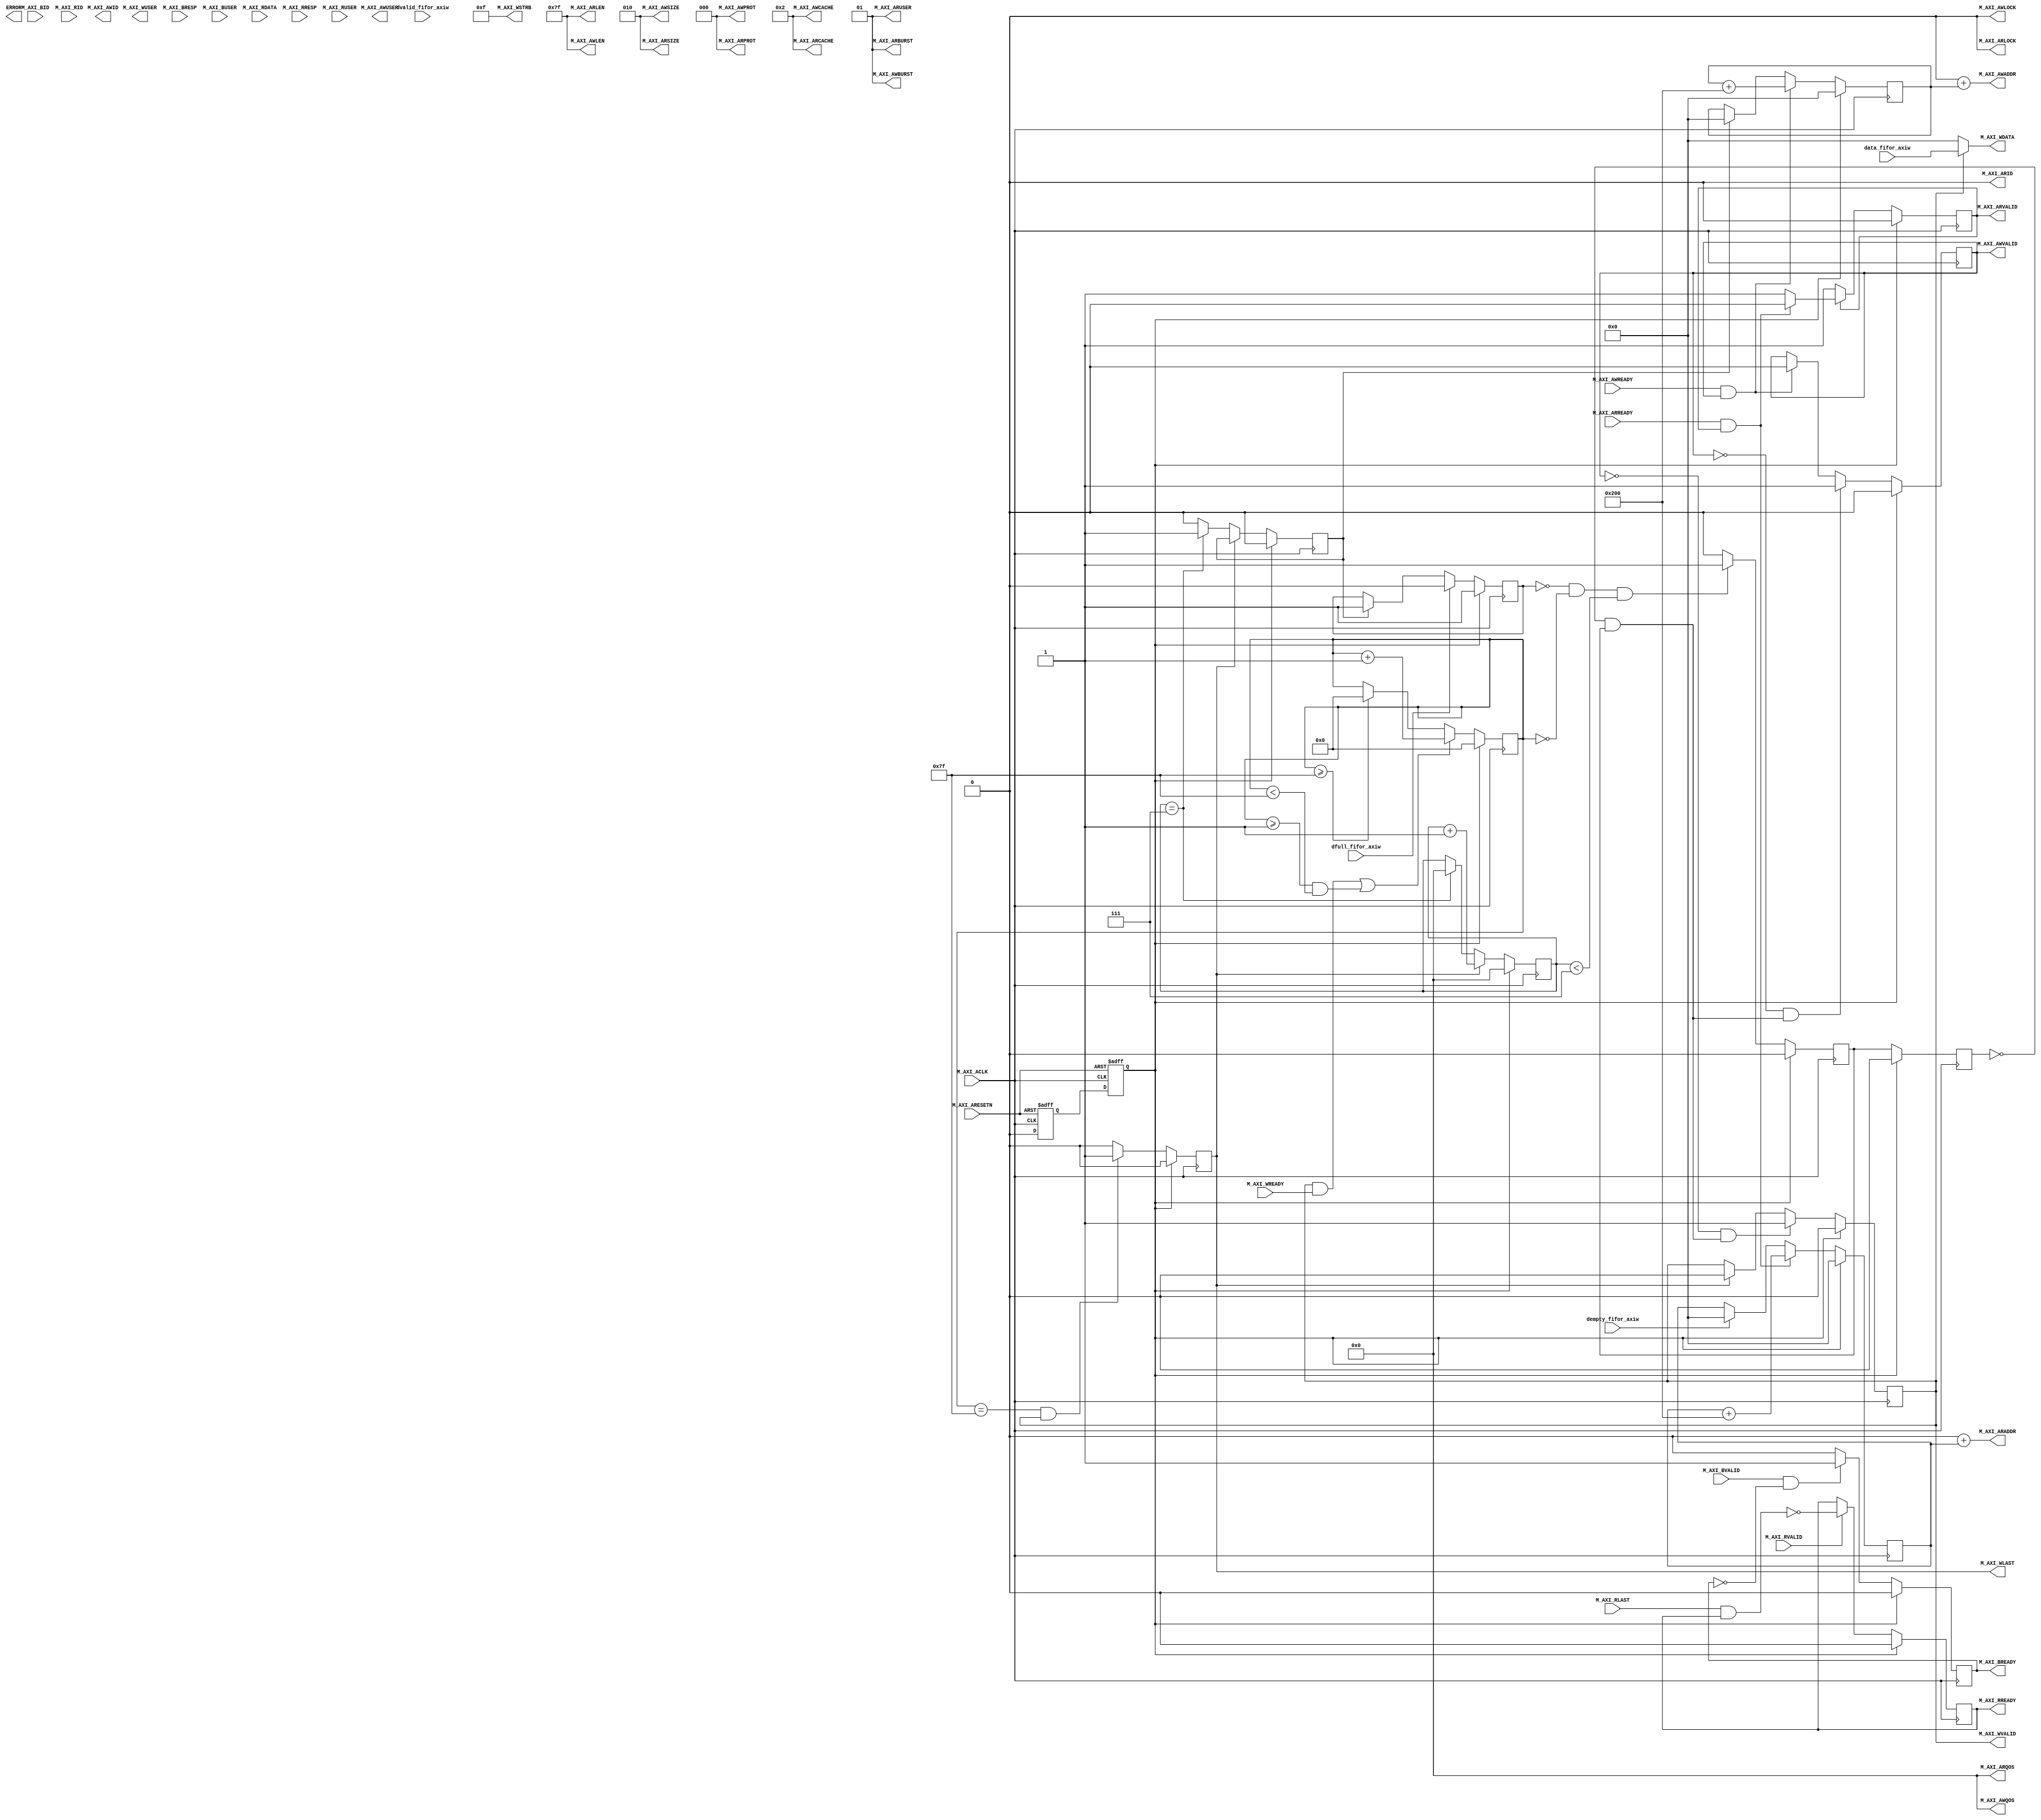
/******************************************************************************** (c) Copyright 2023 Yu Zhang. All rights reserved. *************************************************************************/
/********************************************************************************************** CODES START HERE ********************************************************************************************/

`timescale 1 ns / 1 ns
module myip_v1_0_M00_AXI #
(
// Base address of targeted slave
	parameter  				C_M_TARGET_SLAVE_BASE_ADDR	= 32'h00000000	,
// Burst Length. Supports 1, 2, 4, 8, 16, 32, 64, 128, 256 burst lengths
	parameter 	integer 	C_M_AXI_BURST_LEN			= 128			,
// Thread ID Width
	parameter 	integer	 	C_M_AXI_ID_WIDTH			= 1				,
// Width of Address Bus
	parameter 	integer 	C_M_AXI_ADDR_WIDTH			= 32			,
// Width of Data Bus
	parameter 	integer 	C_M_AXI_DATA_WIDTH			= 32			,
// Width of User Write Address Bus
	parameter 	integer 	C_M_AXI_AWUSER_WIDTH		= 0				,
// Width of User Read Address Bus
	parameter 	integer 	C_M_AXI_ARUSER_WIDTH		= 0				,
// Width of User Write Data Bus
	parameter 	integer 	C_M_AXI_WUSER_WIDTH			= 0				,		
// Width of User Read Data Bus
	parameter 	integer 	C_M_AXI_RUSER_WIDTH			= 0				,
// Width of User Response Bus
	parameter 	integer 	C_M_AXI_BUSER_WIDTH			= 0
)
(
/*******************Global Signals****************************************/		

// Asserts when ERROR is detected
	output 	reg  									ERROR				,
// Global Clock Signal.
	input 	wire  									M_AXI_ACLK			,
// Global Reset Singal. This Signal is Active Low
	input 	wire  									M_AXI_ARESETN		,

/*******************Master Interface Write Address **********************/
	
	output 	wire 	[C_M_AXI_ID_WIDTH-1 : 0] 		M_AXI_AWID			,
// Master Interface Write Address
	output 	wire 	[C_M_AXI_ADDR_WIDTH-1 : 0] 		M_AXI_AWADDR		,
// Burst length. The burst length gives the exact number of transfers in a burst
	output 	wire 	[7 : 0] 						M_AXI_AWLEN			,
// Burst size. This signal indicates the size of each transfer in the burst
	output 	wire 	[2 : 0] 						M_AXI_AWSIZE		,
// Burst type. The burst type and the size information,  determine how the address for each transfer within the burst is calculated.
	output 	wire 	[1 : 0] 						M_AXI_AWBURST		,
// Lock type. Provides additional information about the atomic characteristics of the transfer.
	output 	wire  									M_AXI_AWLOCK		,
// Memory type. This signal indicates how transactions are required to progress through a system.
	output 	wire 	[3 : 0]			 				M_AXI_AWCACHE,		
// Protection type. This signal indicates the privilege and security level of the transaction, and whether the transaction is a data access or an instruction access.
	output 	wire 	[2 : 0] 						M_AXI_AWPROT		,
// Quality of Service, QoS identifier sent for each write transaction.
	output 	wire 	[3 : 0] 						M_AXI_AWQOS			,
// Optional User-defined signal in the write address channel.
	output 	wire 	[C_M_AXI_AWUSER_WIDTH-1 : 0] 	M_AXI_AWUSER		,
// Write address valid. This signal indicates that the channel is signaling valid write address and control information.
	output 	wire 									M_AXI_AWVALID		,
// Write address ready. This signal indicates that the slave is ready to accept an address and associated control signals
	input 	wire  									M_AXI_AWREADY		,

/*******************Master Interface Write Data***************************/

	output 	wire 	[C_M_AXI_DATA_WIDTH-1 : 0] 		M_AXI_WDATA			,
// Write strobes. This signal indicates which byte lanes hold valid data. There is one write strobe bit for each eight bits of the write data bus.
	output 	wire 	[C_M_AXI_DATA_WIDTH/8-1 : 0] 	M_AXI_WSTRB			,
// Write last. This signal indicates the last transfer in a write burst.
	output 	wire 	 								M_AXI_WLAST			,
// Optional User-defined signal in the write data channel.
	output 	wire 	[C_M_AXI_WUSER_WIDTH-1 : 0] 	M_AXI_WUSER			,
// Write valid. This signal indicates that valid write data and strobes are available
	output 	wire 						 			M_AXI_WVALID		,
// Write ready. This signal indicates that the slave can accept the write data.
	input 	wire 					 				M_AXI_WREADY		,

/*******************Master Interface Write Respons***********************/
	input 	wire 	[C_M_AXI_ID_WIDTH-1 : 0] 		M_AXI_BID			,
// Write response. This signal indicates the status of the write transaction.
	input 	wire 	[1 : 0] 						M_AXI_BRESP			,
// Optional User-defined signal in the write response channel
	input 	wire 	[C_M_AXI_BUSER_WIDTH-1 : 0] 	M_AXI_BUSER			,
// Write response valid. This signal indicates that the channel is signaling a valid write response.
	input 	wire 	 								M_AXI_BVALID		,
// Response ready. This signal indicates that the master can accept a write response.
	output 	wire 									M_AXI_BREADY		,

/******************Master Interface Read Address*************************/
	output 	wire 	[C_M_AXI_ID_WIDTH-1 : 0] 		M_AXI_ARID			,
// Read address. This signal indicates the initial address of a read burst transaction.
	output 	wire 	[C_M_AXI_ADDR_WIDTH-1 : 0]		M_AXI_ARADDR		,
// Burst length. The burst length gives the exact number of transfers in a burst
	output 	wire 	[7 : 0] 						M_AXI_ARLEN			,
// Burst size. This signal indicates the size of each transfer in the burst
	output 	wire 	[2 : 0] 						M_AXI_ARSIZE		,
// Burst type. The burst type and the size information,  determine how the address for each transfer within the burst is calculated.
	output 	wire 	[1 : 0] 						M_AXI_ARBURST		,
// Lock type. Provides additional information about the atomic characteristics of the transfer.
	output 	wire 	 								M_AXI_ARLOCK		,
// Memory type. This signal indicates how transactions are required to progress through a system.
	output 	wire 	[3 : 0] 						M_AXI_ARCACHE		,
// Protection type. This signal indicates the privilege and security level of the transaction, and whether the transaction is a data access or an instruction access.
	output 	wire 	[2 : 0] 						M_AXI_ARPROT		,
// Quality of Service, QoS identifier sent for each read transaction
	output 	wire 	[3 : 0] 						M_AXI_ARQOS			,
// Optional User-defined signal in the read address channel.
	output 	wire 	[C_M_AXI_ARUSER_WIDTH-1 : 0] 	M_AXI_ARUSER		,
// Write address valid. This signal indicates that the channel is signaling valid read address and control information
	output 	wire 	 								M_AXI_ARVALID		,
// Read address ready. This signal indicates that the slave is ready to accept an address and associated control signals
	input 	wire 	 								M_AXI_ARREADY,		

/******************Master Interface Read******************************/
// Read ID tag. This signal is the identification tag for the read data group of signals generated by the slave.
	input 	wire 	[C_M_AXI_ID_WIDTH-1 : 0] 		M_AXI_RID			,
// Master Read Data	
	input 	wire 	[C_M_AXI_DATA_WIDTH-1 : 0] 		M_AXI_RDATA			,
// Read response. This signal indicates the status of the read transfer
	input 	wire 	[1 : 0] 						M_AXI_RRESP			,
// Read last. This signal indicates the last transfer in a read burst
	input 	wire 	 								M_AXI_RLAST			,
// Optional User-defined signal in the read address channel.
	input 	wire 	[C_M_AXI_RUSER_WIDTH-1 : 0] 	M_AXI_RUSER			,
// Read valid. This signal indicates that the channel is signaling the required read data.
	input 	wire 	 								M_AXI_RVALID		,
// Read ready. This signal indicates that the master can accept the read data and response information.
	output 	wire 	 								M_AXI_RREADY		,

// user interface
	input	wire	[C_M_AXI_DATA_WIDTH-1 : 0] 		data_fifor_axiw		,
	input	wire									dvalid_fifor_axiw	,
	input	wire									dfull_fifor_axiw	,
	input	wire									dempty_fifor_axiw	
	);

/**************************************************** Function Define ***********************************************************************************************************/
function integer clogb2 (input integer bit_depth);     
begin     
  	for(clogb2 = 0; bit_depth > 0; clogb2 = clogb2+1) 
    	bit_depth = bit_depth >> 1; 
end     
endfunction       

/**************************************************** Parameter Define **********************************************************************************************************/

localparam integer  C_TRANSACTIONS_INDEX	= clogb2(C_M_AXI_BURST_LEN-1); // number of transaction.
	
localparam integer  C_MASTER_LENGTH			= 12;

localparam integer  C_NO_BURSTS_REQ 		= C_MASTER_LENGTH-clogb2((C_M_AXI_BURST_LEN*C_M_AXI_DATA_WIDTH/8)-1); // total number of burst transfers is master length divided by burst length and burst size

localparam integer	SINGLE_TRAN_TOTLE 		= 1024/C_M_AXI_BURST_LEN; // number of burst to send a row of OV5640 @1024*798

/**************************************************** Local Signal Define *******************************************************************************************************/
// AXI4 internal temp signals
reg  	[C_M_AXI_ADDR_WIDTH-1 : 0] 		axi_awaddr						;	
reg  									axi_awvalid						;
reg  									axi_wlast						;	
reg 	 								axi_wvalid						;	
reg  									axi_bready						;	
reg  	[C_M_AXI_ADDR_WIDTH-1 : 0] 		axi_araddr						;	
reg  									axi_arvalid						;
reg  									axi_rready						;	

//write beat count in a burst	
reg  	[C_TRANSACTIONS_INDEX : 0] 		write_index						;
//read beat count in a burst	
reg 	[C_TRANSACTIONS_INDEX : 0] 		read_index						;

//size of C_M_AXI_BURST_LEN length burst in bytes	
wire 	[C_TRANSACTIONS_INDEX+2 : 0] 	burst_size_bytes				;

//Interface response error flags	
wire  									write_resp_error				;
wire  									read_resp_error					;

// User Interface	
wire									single_tran_start				;
reg										single_tran_start_r0			;
reg										single_tran_start_r1			;
reg										axi_waitfifo					;
reg										single_tran_done				;
reg		[3:0]							single_tran_cnt					;



/**************************************************** Smart Reset *************************************************************************************************************/
(*keep = "true"*)	reg 	m_axi_reset_reg0							;
(*keep = "true"*)	reg 	m_axi_reset_reg1							;
(*keep = "true"*)	wire 	m_axi_reset									;

always @(posedge M_AXI_ACLK or negedge M_AXI_ARESETN) begin
	if (!M_AXI_ARESETN)     
    	begin     
        m_axi_reset_reg0 <= 'd1;     
        m_axi_reset_reg1 <= 'd1;     
    	end  
    else        
    	begin  
        m_axi_reset_reg0 <= 'd0;
        m_axi_reset_reg1 <= m_axi_reset_reg0;  
    	end       
end
//local rst 
assign	m_axi_reset 	= m_axi_reset_reg1								;


/******************************************** Continuous Assignments **********************************************************************************************************/
//I/O Connections. Write Address (AW)	
assign  M_AXI_AWADDR	= C_M_TARGET_SLAVE_BASE_ADDR + axi_awaddr		;	// The AXI address is target base address + active offset range

assign  M_AXI_AWLEN		= C_M_AXI_BURST_LEN - 1							;	// Burst Length is number of transaction beats

assign  M_AXI_AWSIZE	= clogb2((C_M_AXI_DATA_WIDTH/8)-1)				;	// Size should be C_M_AXI_DATA_WIDTH, in 2^SIZE bytes, otherwise narrow bursts are used

assign  M_AXI_AWBURST	= 2'b01											;	// INCR burst type is usually used

assign  M_AXI_AWVALID	= axi_awvalid									;	// Show Addwr Valid

//I/O C onnections. Write (W)			
assign  M_AXI_WDATA		= axi_wvalid ? data_fifor_axiw	: 'd0			;	// Write Data(W), from asyfifo read port

assign  M_AXI_WSTRB		= {(C_M_AXI_DATA_WIDTH/8){1'b1}}				;	// All bursts are complete and aligned in this example

assign  M_AXI_WLAST		= axi_wlast										;	 // last indicate

assign  M_AXI_WVALID	= axi_wvalid									;	// Show Wrdata Valid

//I/O C onnections. Write Response (B)			
assign  M_AXI_BREADY	= axi_bready									;	// Show response ready

//I/O C onnections. Read Address (AR)			
assign  M_AXI_ARID		= 'd0											;	// ARID

assign  M_AXI_ARADDR	= C_M_TARGET_SLAVE_BASE_ADDR + axi_araddr		;	// ARADDR

assign  M_AXI_ARLEN		= C_M_AXI_BURST_LEN - 1							;	// Burst Length is number of transaction beats minus 1

assign  M_AXI_ARSIZE	= clogb2((C_M_AXI_DATA_WIDTH/8)-1)				;	// Size should be C_M_AXI_DATA_WIDTH, in 2^n bytes, otherwise narrow bursts are used

assign  M_AXI_ARBURST	= 2'b01											;	// INCR burst type is usually used, except for keyhole bursts

assign  M_AXI_ARVALID	= axi_arvalid									;	// Show Ardata Valid

//I/O Connections. Read and Read Response (R)		
assign 	M_AXI_RREADY	= axi_rready									;	// Show read ready of master

// signals determine transaction attributes and cache properties	
assign 	M_AXI_ARLOCK	= 'd0											;
assign 	M_AXI_AWLOCK	= 'd0											;
assign 	M_AXI_AWCACHE	= 4'b0010										;	
assign 	M_AXI_AWPROT	= 3'h0											;
assign 	M_AXI_AWQOS		= 4'h0											;
assign 	M_AXI_ARCACHE	= 4'b0010										;
assign 	M_AXI_ARPROT	= 3'h0											;
assign 	M_AXI_ARQOS		= 4'h0											;
assign 	M_AXI_ARUSER	= 'd1											;

//Burst size in bytes
assign 	burst_size_bytes= C_M_AXI_BURST_LEN*C_M_AXI_DATA_WIDTH / 8		;


/******************************************** Write Address Channel **********************************************************************************************************/

always @(posedge M_AXI_ACLK) // The Manager must not wait for the Subordinate to assert AWREADY or WREADY before asserting AWVALID or WVALID.   
begin 
	if (m_axi_reset)  
	    axi_awvalid <= 'd0;    
	else if (~axi_awvalid && single_tran_start) // If previously not valid, start new transaction       
	    axi_awvalid <= 'd1;       
	else if (M_AXI_AWREADY && axi_awvalid) // AWVALID must remain asserted until the rising clock edge after the Subordinate asserts AWREADY  
	    axi_awvalid <= 'd0;     
	else
	    axi_awvalid <= axi_awvalid;      
end
   
// Next address after AWREADY indicates previous address acceptance    
always @(posedge M_AXI_ACLK)
begin 
	if (m_axi_reset)   
	    axi_awaddr <= 'd0;      
	else if (M_AXI_AWREADY && axi_awvalid)     
		axi_awaddr <= axi_awaddr + burst_size_bytes;
	else if (single_tran_done)
		axi_awaddr <= 'd0;
	else
		axi_awaddr <= axi_awaddr;        
end 


/******************************************** Write Data Channel *************************************************************************************************************/

always @(posedge M_AXI_ACLK) // get start beat
begin
	if (m_axi_reset)
		begin
		single_tran_start_r0 <= 'd0;
		single_tran_start_r1 <= 'd0;
		end
	else if ((!axi_waitfifo) && (write_index==0) && (single_tran_cnt < SINGLE_TRAN_TOTLE - 1))
		begin
		single_tran_start_r0 <= 'd1;
		single_tran_start_r1 <= single_tran_start_r0;	
		end
	else 
		begin
		single_tran_start_r0 <= 'd0;
		single_tran_start_r1 <= single_tran_start_r0;
		end 	
end

assign	single_tran_start = (!single_tran_start_r1) && (single_tran_start_r0);


always @(posedge M_AXI_ACLK)
begin
	if (m_axi_reset)		
		axi_waitfifo <= 'd1;
	else if (dfull_fifor_axiw)
		axi_waitfifo <= 'd0;
	else if (single_tran_done)
		axi_waitfifo <= 'd1;
	else
		axi_waitfifo <= axi_waitfifo;
end

always @(posedge M_AXI_ACLK)
begin
	if (m_axi_reset)
		begin
		single_tran_cnt  <= 'd0;
		single_tran_done <= 'd0;
		end
	else if (axi_wlast)
		begin
		single_tran_cnt  <= single_tran_cnt + 'd1;
		single_tran_done <= single_tran_done;
		end
	else if (single_tran_cnt == SINGLE_TRAN_TOTLE - 1)
		begin
		single_tran_cnt	 <= 'd0;
		single_tran_done <= 'd1;
		end
	else 
		begin
		single_tran_cnt  <= single_tran_cnt;
		single_tran_done <= 'd0;
		end
end

always @(posedge M_AXI_ACLK) // The Manager must not wait for the Subordinate to assert AWREADY or WREADY before asserting AWVALID or WVALID.   
begin 
	if (m_axi_reset)  
	    axi_wvalid <= 'd0;    
	else if (!axi_awvalid && single_tran_start) // If previously not valid, start new transaction       
	    axi_wvalid <= 'd1;       
	else if (axi_wlast) // AVALID must remain asserted until the last transfer was done       
	    axi_wvalid <= 'd0;     
	else
	    axi_wvalid <= axi_wvalid;      
end        

always @(posedge M_AXI_ACLK) // axi_wlast is asserted synchronize with the last write data when write_index indicates the last transfer  
begin
	if (m_axi_reset)  
		axi_wlast <= 'd0;
	else if (((write_index == C_M_AXI_BURST_LEN-1 && C_M_AXI_BURST_LEN >= 2) && axi_wvalid) || (C_M_AXI_BURST_LEN == 1))        
	    axi_wlast <= 'd1;    
	else    
	    axi_wlast <= 'd0;
end       
/* Burst length counter. Uses extra counter register bit to indicate terminal count to reduce decode logic */      
always @(posedge M_AXI_ACLK)
begin
	if (m_axi_reset)
	    write_index <= 'd0;    
	else if ((axi_wvalid && M_AXI_WREADY) || (write_index >= 1 && write_index < C_M_AXI_BURST_LEN - 1))  
	    write_index <= write_index + 'd1;  
	else if (write_index >= C_M_AXI_BURST_LEN - 1)
	    write_index <= 'd0; 
	else    
	    write_index <= write_index;     
end      


/******************************************** Write Response Channel *************************************************************************************************************/

always @(posedge M_AXI_ACLK)     
begin   
  	if (m_axi_reset)      
      	axi_bready <= 'd0;        
 	else if (M_AXI_BVALID && ~axi_bready) // accept/acknowledge bresp with axi_bready by the master when M_AXI_BVALID is asserted by slave   
      	axi_bready <= 'd1; 
  	else if (axi_bready)  // deassert after one clock cycle
      	axi_bready <= 'd0;
  	else  
    axi_bready <= axi_bready;      
end     
	        
// Flag any write response errors        
assign write_resp_error = axi_bready & M_AXI_BVALID & M_AXI_BRESP[1]; 
// for BRESP[1:0]
// 0b00 OKAY
// 0b01 EXOKAY
// 0b10 SLVERR
// 0b11 DECERR


/******************************************** Read Address Channel **************************************************************************************************************/
always @(posedge M_AXI_ACLK) 
begin  
	if (m_axi_reset)  
		axi_arvalid <= 'd0;     
	else if (~axi_arvalid)       
	    axi_arvalid <= 'd1;
	else if (M_AXI_ARREADY && axi_arvalid)      
	    axi_arvalid <= 'd0;    
	else       
	    axi_arvalid <= axi_arvalid;    
end       

always @(posedge M_AXI_ACLK)  // Next address after ARREADY indicates previous address acceptance       
begin        
  	if (m_axi_reset) 
    	axi_araddr <= 'b0;  
  	else if (M_AXI_ARREADY && axi_arvalid)       
      	axi_araddr <= axi_araddr + burst_size_bytes;
	else if (dempty_fifor_axiw)
		axi_araddr <= 'b0;
  	else       
    	axi_araddr <= axi_araddr;      
end 

/******************************************** Read Readrespose Channel **********************************************************************************************************/

always @(posedge M_AXI_ACLK) // Burst length counter. Uses extra counter register bit to indicate terminal count to reduce decode logic
begin  
	if (m_axi_reset)     
		read_index <= 'd0;  
	else if ((M_AXI_RVALID && axi_rready) || (read_index > 1) && (read_index <= C_M_AXI_BURST_LEN - 1))
		read_index <= read_index + 1;
	else if ((read_resp_error) || (read_index >= C_M_AXI_BURST_LEN))
		read_index <= 'd0;
	else 
		read_index <= read_index;
end  

always @(posedge M_AXI_ACLK) 
begin  
	if (m_axi_reset)     
	    axi_rready <= 'd0;    
	else if (M_AXI_RVALID)
		axi_rready <= ~(M_AXI_RLAST && axi_rready);      
    else
	    axi_rready <= axi_rready;
end

//Flag any read response errors
assign read_resp_error = axi_rready & M_AXI_RVALID & M_AXI_RRESP[1];


endmodule

/************************************************************************************* CODES END HERE **********************************************************************************************************/
/************************************************************************************* CONTACT ME WITH :********************************************************************************************************/
/************************************************************************************* 2656353013@QQ.COM *******************************************************************************************************/